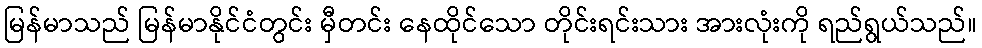
မြန်မာသည် မြန်မာနိုင်ငံတွင်း မှီတင်း နေထိုင်သော တိုင်းရင်းသား အားလုံးကို ရည်ရွယ်သည်။